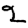
Digit: 2